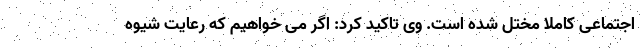
اجتماعی کاملا مختل شده است. وی تاکید کرد: اگر می خواهیم که رعایت شیوه